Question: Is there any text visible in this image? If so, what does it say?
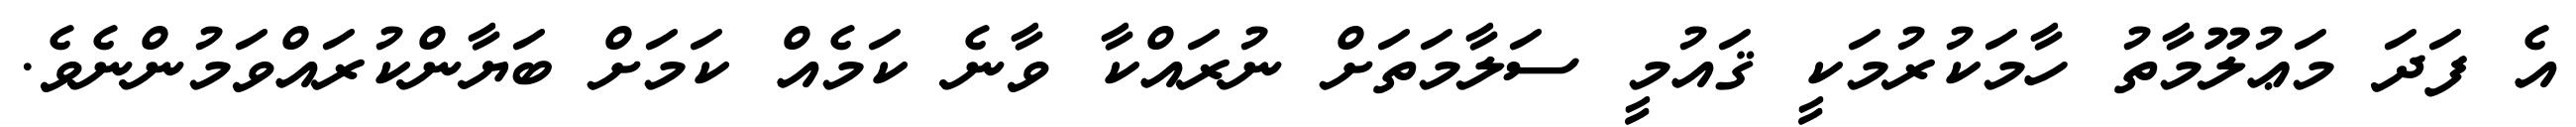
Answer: އެ ފަދަ މަޢުލޫމާތު ހާމަކުރުމަކީ ޤައުމީ ސަލާމަތަށް ނުރައްކާ ވާނެ ކަމެއް ކަމަށް ބަޔާންކުރައްވަމުންނެވެ.